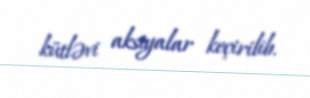
kütləvi aksiyalar keçirilib.